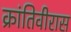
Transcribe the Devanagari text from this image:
क्रांतिवीरास